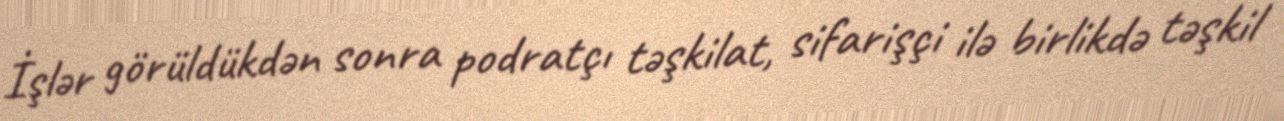
İşlər görüldükdən sonra podratçı təşkilat, sifarişçi ilə birlikdə təşkil